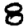
Digit: 8